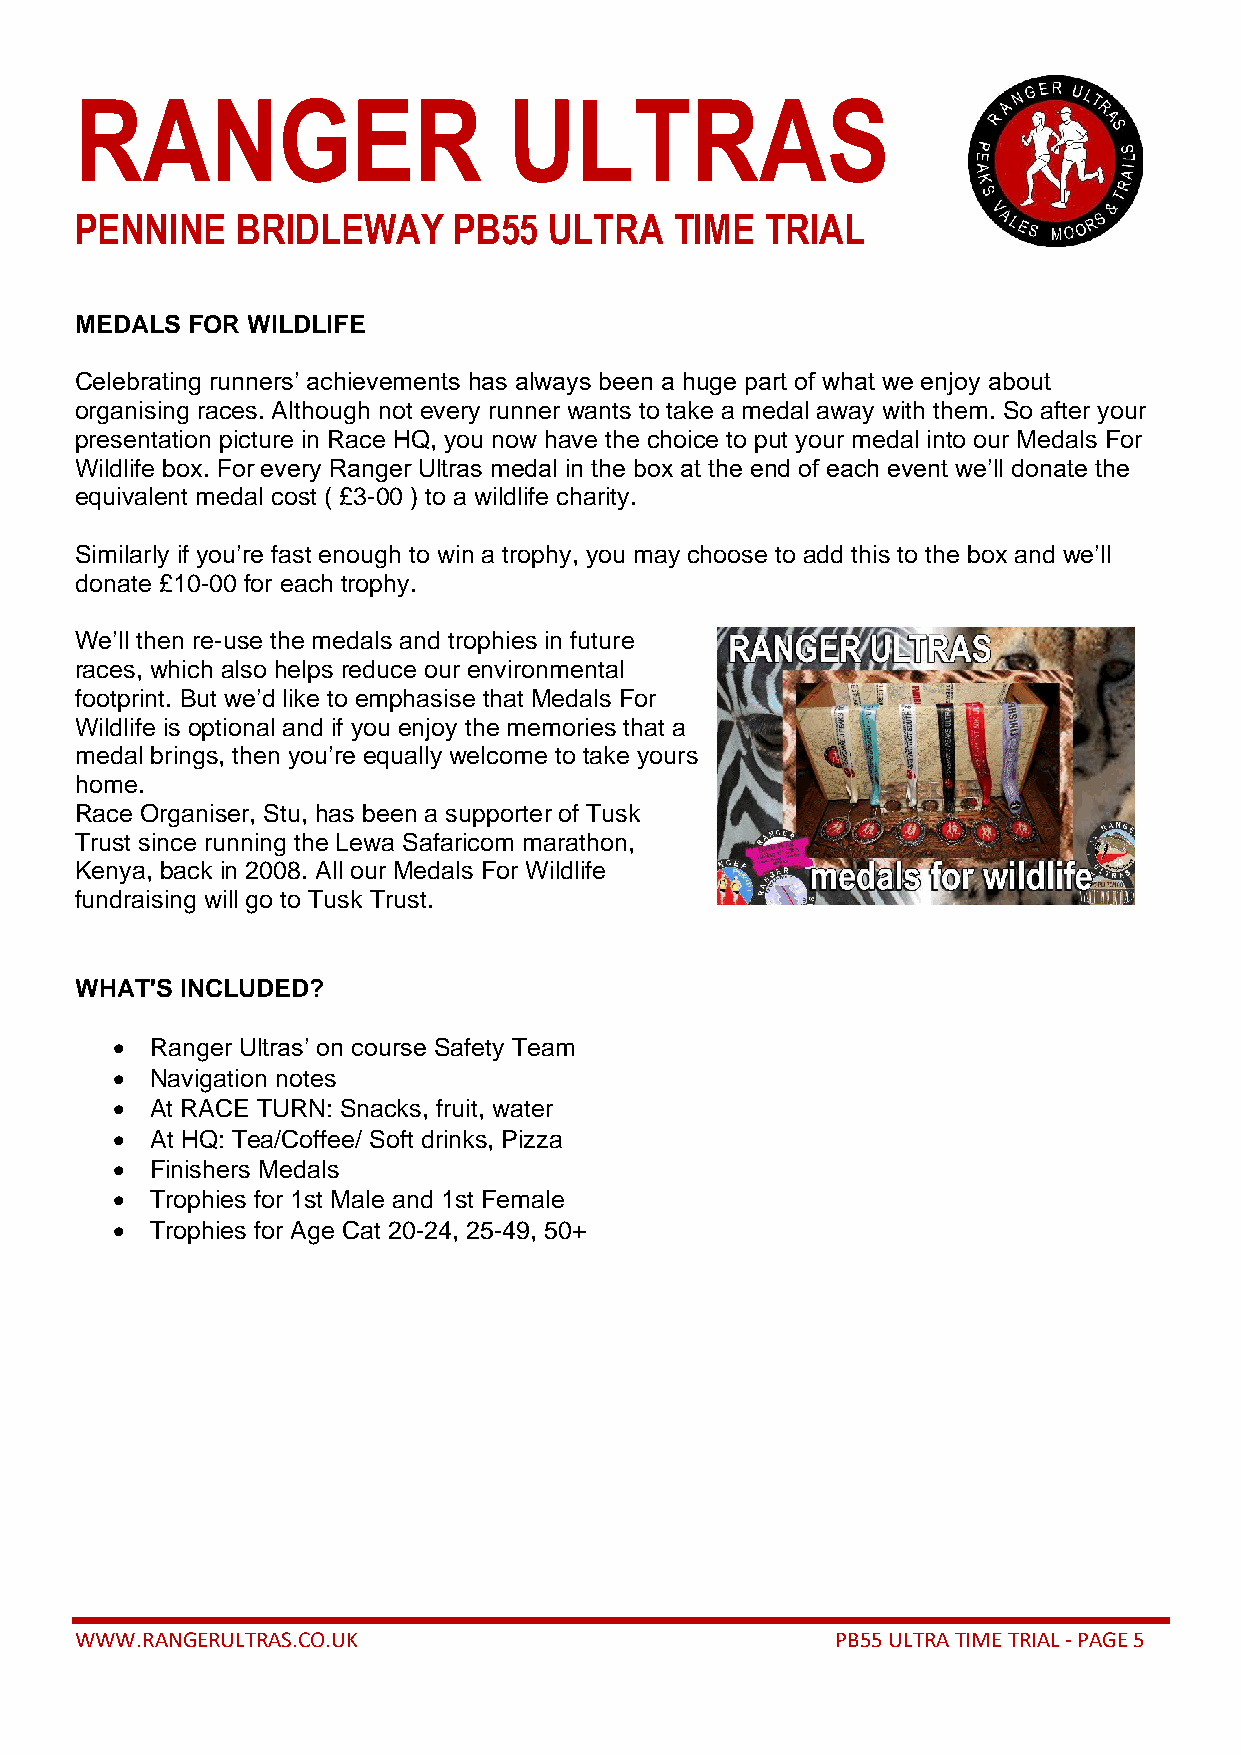
RANGER                       ULTRAS
 PENNINE    BRIDLEWAY     PB55  ULTRA    TIME  TRIAL
 MEDALS FOR WILDLIFE
 Celebrating runners’ achievements has always been a huge part of what we enjoy about
 organising races. Although not every runner wants to take a medal away with them. So after your
 presentation picture in Race HQ, you now have the choice to put your medal into our Medals For
 Wildlife box. For every Ranger Ultras medal in the box at the end of each event we’ll donate the
 equivalent medal cost ( £3-00 ) to a wildlife charity.
 Similarly if you’re fast enough to win a trophy, you may choose to add this to the box and we’ll
 donate £10-00 for each trophy.
 We’ll then re-use the medals and trophies in future
 races, which also helps reduce our environmental
 footprint. But we’d like to emphasise that Medals For
 Wildlife is optional and if you enjoy the memories that a
 medal brings, then you’re equally welcome to take yours
 home.
 Race Organiser, Stu, has been a supporter of Tusk
 Trust since running the Lewa Safaricom marathon,
 Kenya, back in 2008. All our Medals For Wildlife
 fundraising will go to Tusk Trust.
 WHAT'S INCLUDED?
 •  Ranger Ultras’ on course Safety Team
 •  Navigation notes
 •  At RACE TURN: Snacks, fruit, water
 •  At HQ: Tea/Coffee/ Soft drinks, Pizza
 •  Finishers Medals
 •  Trophies for 1st Male and 1st Female
 •  Trophies for Age Cat 20-24, 25-49, 50+
 WWW.RANGERULTRAS.CO.UK                            PB55 ULTRA TIME TRIAL - PAGE 5